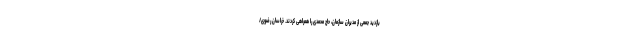
بازدید جمعی از مدیران سازمان، حاج محمدی را همراهی کردند. خراسان رضوی/